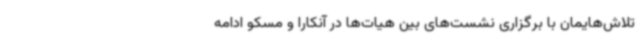
تلاش‌هایمان با برگزاری نشست‌های بین هیات‌ها در آنکارا و مسکو ادامه